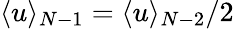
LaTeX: \langle u\rangle_{N-1}=\langle u\rangle_{N-2}/2